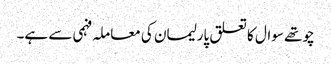
چوتھے سوال کا تعلق پارلیمان کی معاملہ فہمی سے ہے۔